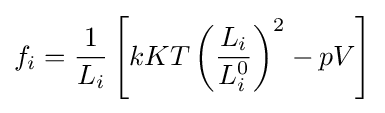
f_{i}={1 \over L_{i}}\left[kKT\left({L_{i} \over L_{i}^{0}}\right)^{2}-pV\right]